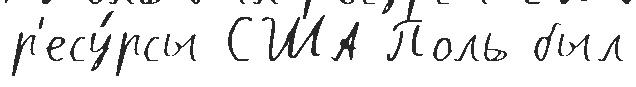
р'есу́рсы США Поль был